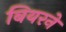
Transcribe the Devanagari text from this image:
बियरने